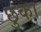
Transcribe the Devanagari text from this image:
छुका